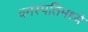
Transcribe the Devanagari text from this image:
वनस्पतिमध्ये